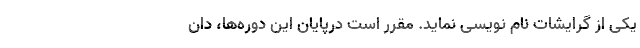
یکی از گرایشات نام نویسی نماید. مقرر است درپایان این دوره‌ها، دان